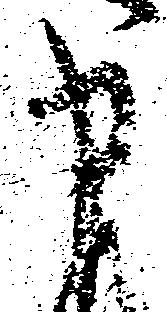
申